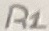
Text: R1